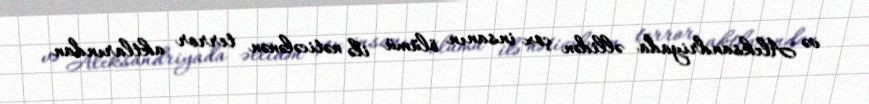
və Aleksandriyada əllidən çox insanın ölümü ilə nəticələnən terror aktlarından